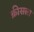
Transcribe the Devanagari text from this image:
क्रीसला